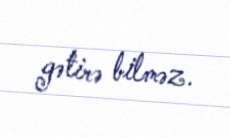
gətirə bilməz.